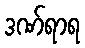
ဒဏ်ရာရ